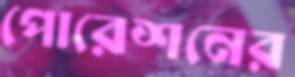
পোরেশনের